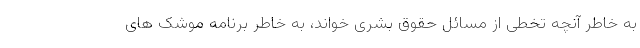
به خاطر آنچه تخطی از مسائل حقوق بشری خواند، به خاطر برنامه موشک های